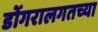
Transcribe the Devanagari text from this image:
डोंगरालगतच्या